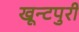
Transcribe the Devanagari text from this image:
खून्टपुरी